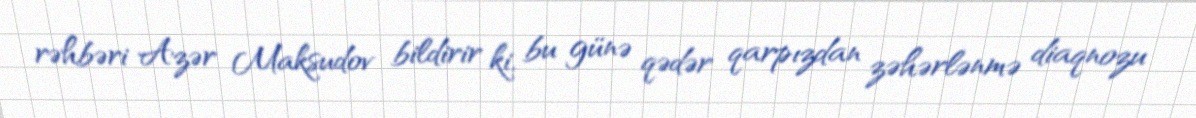
rəhbəri Azər Maksudov bildirir ki, bu günə qədər qarpızdan zəhərlənmə diaqnozu